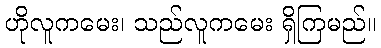
ဟိုလူကမေး၊ သည်လူကမေး ရှိကြမည်။